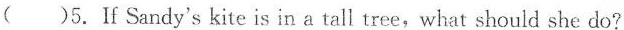
( )5.If Sandy's kite is in a tall tree,what should she do?